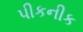
પીકનીક